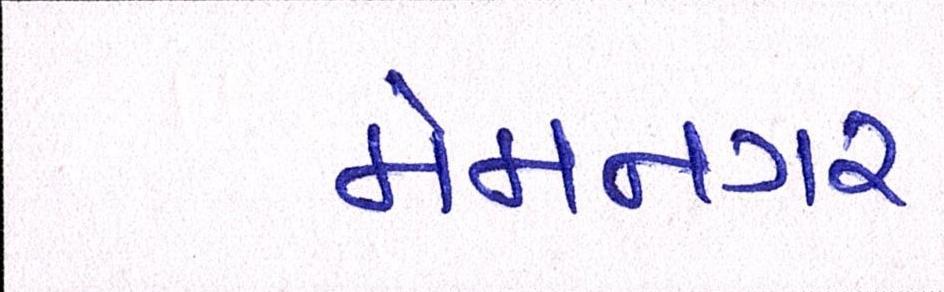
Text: મેમનગર